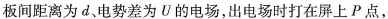
板间距离为d、电势差为U的电场，出电场时打在屏上P点，